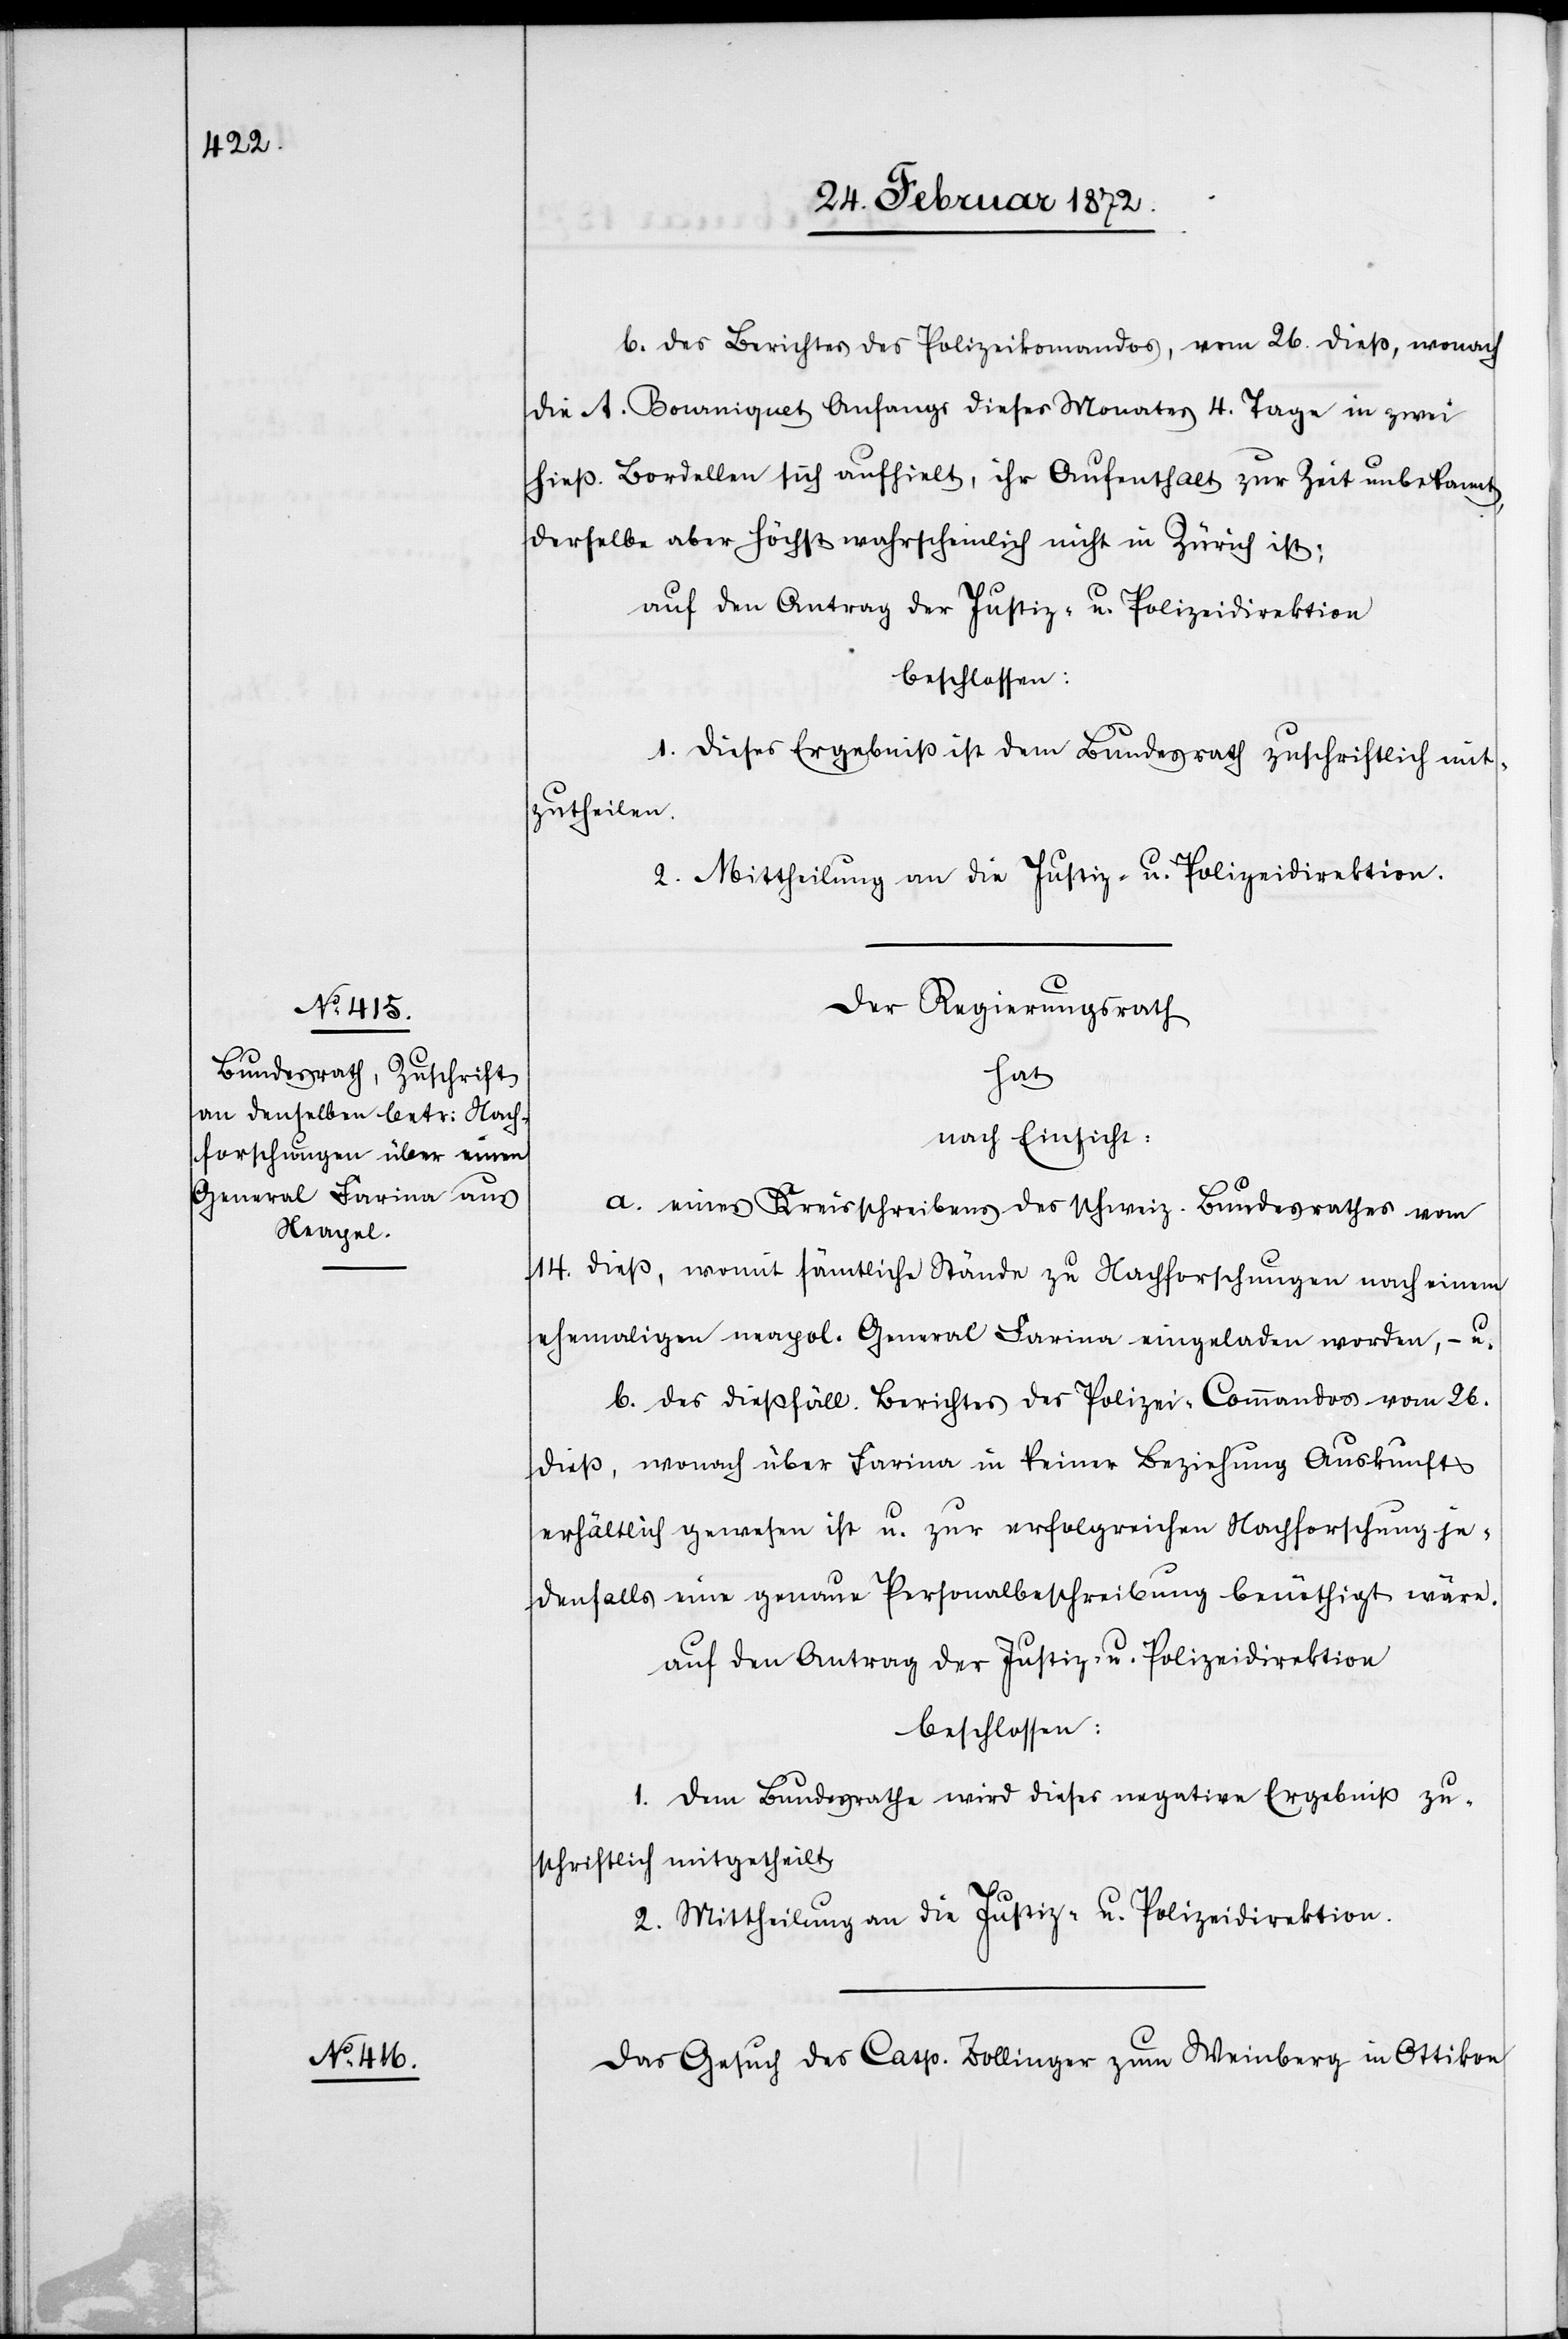
27. Februar 1872.]
b. des Berichtes des Polizeikomandos, vom 26. dieß, wonach
die A. Bourniquet Anfangs dieses Monates 4. Tage in zwei
hieß. Bordellen sich aufhielt, ihr Aufenthalt zur Zeit unbekannt,
derselbe aber höchst wahrscheinlich nicht in Zürich ist;
auf den Antrag der Justiz- u. Polizeidirektion
beschlossen:
1. Dieses Ergebniß ist dem Bundesrath zuschriftlich mit¬
zutheilen.
2. Mittheilung an die Justiz- u. Polizeidirektion.
Der Regierungsrath
hat
nach Einsicht:
a. eines Kreisschreibens des schweiz. Bundesrathes vom
14.
dieß, womit sämtliche Stände zu Nachforschungen nach einem
ehemaligen naepol. General Farina eingeladen werden, – u.
b. des dießfäll. Berichtes des Polizei-Commandos vom 26.
dieß, wonach über Farina in keiner Beziehung Auskunft
erhältlich gewesen ist, u. zur erfolgreichen Nachforschung je¬
denfalls eine genaue Personenbeschreibung benöthigt wäre.
auf den Antrag der Justiz- u. Polizeidirektion
beschlossen:
1. Dem Bundesrathe wird dieses negative Ergebniß zu¬
schriftlich mitgetheilt.
2. Mittheilung an die Justiz- u. Polizeidirektion.
Das Gesuch des Casp. Zollinger zum Weinberg in Ottikon